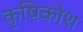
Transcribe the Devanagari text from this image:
कृषिकोश